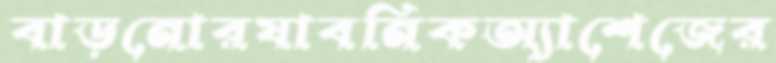
বাড়নোরযাবনিকঅ্যাশেজের